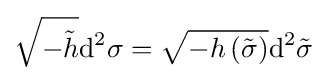
{\sqrt {-{\tilde {h}}}}\mathrm {d} ^{2}{\sigma }={\sqrt {-h\left({\tilde {\sigma }}\right)}}\mathrm {d} ^{2}{\tilde {\sigma }}